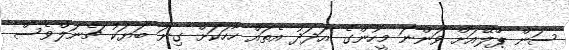
ސަން ޕްލޭއަށް ވަންނަ މީހުންގެ އަދަދު އެތައް ހާހަކަށް ގިނަ ބަޔަކު ޗެނަލްވެސް